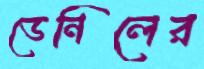
ডেনিলের